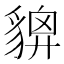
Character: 𧳴